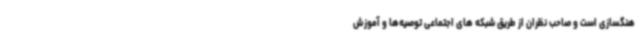
هنگسازی است و صاحب نظران از طریق شبکه های اجتماعی توصیه‌ها و آموزش